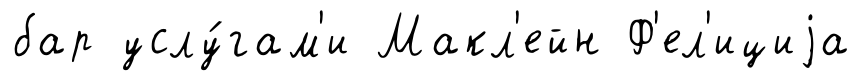
бар услу́гам'и Макл'ейн Ф'ел'ициjа